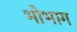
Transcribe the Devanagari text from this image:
भोभाग